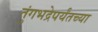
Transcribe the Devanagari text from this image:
तुंगभद्रेपर्यंतच्या